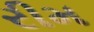
રીમ